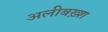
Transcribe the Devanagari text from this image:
अलीबख़्श